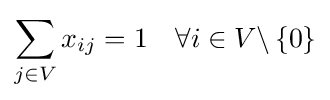
\sum _{j\in V}x_{ij}=1\quad \forall i\in V\backslash \left\{0\right\}